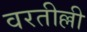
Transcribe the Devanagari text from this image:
वरतील्ली